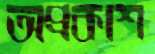
অপ্রকাশ